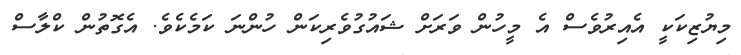
މިޔުޒިކަކީ އެއިރުވެސް އެ މީހުން ވަރަށް ޝައުގުވެރިކަން ހުންނަ ކަމެކެވެ. އެގޮތުން ކްލާސް